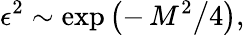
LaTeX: \epsilon^{2}\sim\exp\left(-\left.{M^{2}}\right/4\right),